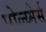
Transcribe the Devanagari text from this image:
पोल्य्मेर्स